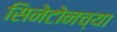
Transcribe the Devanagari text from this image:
सिनेटोनच्या